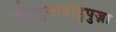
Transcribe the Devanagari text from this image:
तोटुपुज़ातोडुपुज़ा